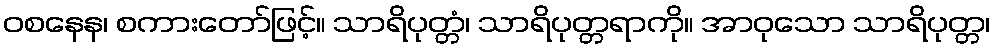
ဝစနေန၊ စကားတော်ဖြင့်။ သာရိပုတ္တံ၊ သာရိပုတ္တရာကို။ အာဝုသော သာရိပုတ္တ၊